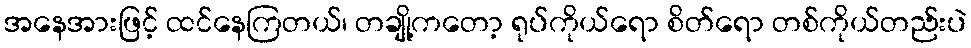
အနေအားဖြင့် ထင်နေကြတယ်၊ တချို့ကတော့ ရုပ်ကိုယ်ရော စိတ်ရော တစ်ကိုယ်တည်းပဲ